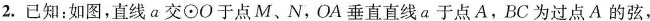
2.已知:如图,直线a交⊙O于点M、N，OA垂直直线a 于点A，BC为过点A 的弦,